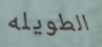
الطويله